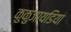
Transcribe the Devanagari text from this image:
कुकुजायडिया